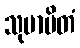
သုမာပိတံ